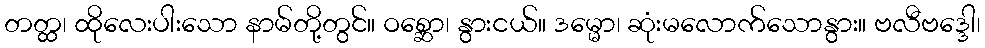
တတ္ထ၊ ထိုလေးပါးသော နာမ်တို့တွင်။ ဝစ္ဆော၊ နွားငယ်။ ဒမ္မော၊ ဆုံးမလောက်သောနွား။ ဗလီဗဒ္ဒေါ၊